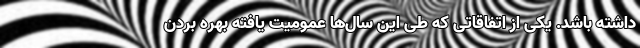
داشته باشد. یکی از اتفاقاتی که طی این سال‌ها عمومیت یافته بهره بردن